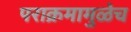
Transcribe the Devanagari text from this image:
पराक्रमामुळेच